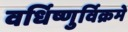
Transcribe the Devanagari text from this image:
वर्धिष्णुर्विक्रमे